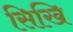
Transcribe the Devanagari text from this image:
सिखि